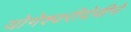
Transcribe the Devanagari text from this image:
योगेश्वरीदेवीने